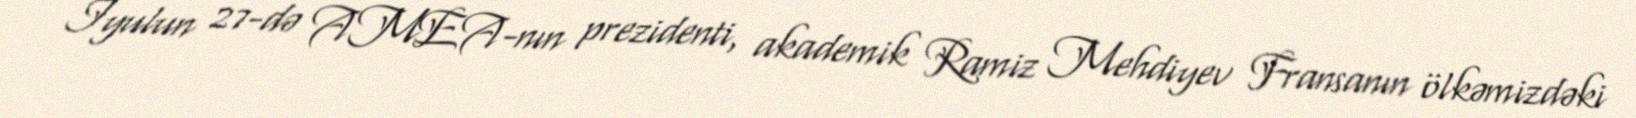
İyulun 27-də AMEA-nın prezidenti, akademik Ramiz Mehdiyev Fransanın ölkəmizdəki